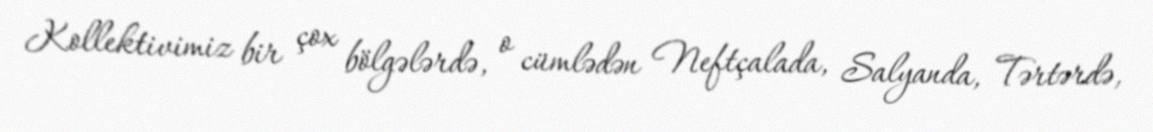
Kollektivimiz bir çox bölgələrdə, o cümlədən Neftçalada, Salyanda, Tərtərdə,